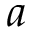
a